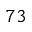
^ { 7 3 }